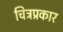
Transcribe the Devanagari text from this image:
चित्रप्रकार